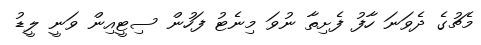
މެޗުގެ ދެވަނަ ހާފު ފެށިތާ ނުވަ މިނެޓު ފަހުން ސިޓީއިން ވަނީ ލީޑު